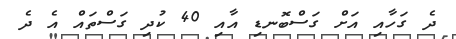
ދެ ގަހާއި އަށް ގަސްބޮނޑި އާއި 40 ކުދި ގަސްތައް އެ ދެ